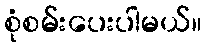
စုံစမ်းပေးပါမယ်။